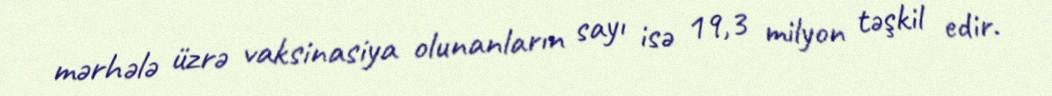
mərhələ üzrə vaksinasiya olunanların sayı isə 19,3 milyon təşkil edir.